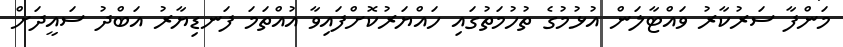
މަންފާ ސަރުކާރު ވައްޓާލަން އުޅުމުގެ ތުހުމަތުގައި ހައްޔަރުކޮށްފައިވާ އުއްތަމަ ފަނޑިޔާރު އަބްދު ސައީދަށް